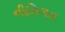
નીતિગત